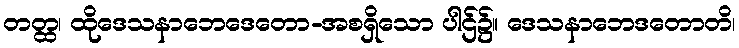
တတ္ထ၊ ထိုဒေသနာဘေဒေတော-အစရှိသော ပါဌ်၌။ ဒေသနာဘေဒတောတိ၊